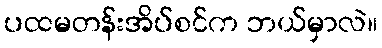
ပထမတန်းအိပ်စင်က ဘယ်မှာလဲ။